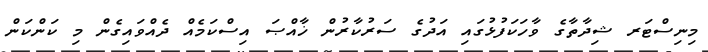
މިނިސްޓަރ ޝިދާތާގެ ވާހަކަފުޅުގައި އަދުގެ ސަރުކާރުން ޚާއްޞަ އިސްކަމެއް ދެއްވައިގެން މި ކަންކަން